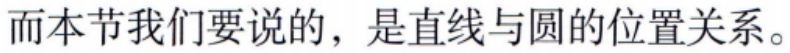
而本节我们要说的，是直线与圆的位置关系。